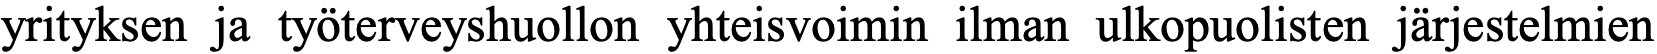
yrityksen ja työterveyshuollon yhteisvoimin ilman ulkopuolisten järjestelmien